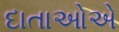
દાતાઓએ